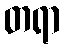
တရာ